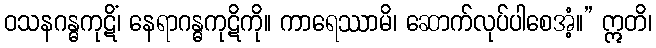
ဝသနဂန္ဓကုဋိံ၊ နေရာဂန္ဓကုဋိကို။ ကာရေဿာမိ၊ ဆောက်လုပ်ပါစေအံ့။” ဣတိ၊